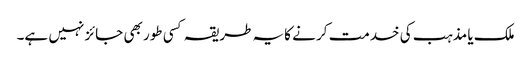
ملک یا مذہب کی خدمت کر نے کایہ طریقہ کسی طور بھی جائز نہیں ہے۔